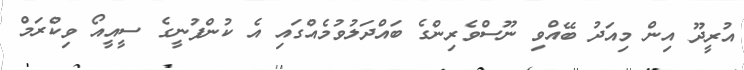
އުރީދޫ އިން މިއަދު ބޭއްވި ނޫސްވެރިންގެ ބައްދަލުވުމެއްގައި އެ ކުންފުނީގެ ސީއީއޯ ވިކްރަމް